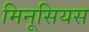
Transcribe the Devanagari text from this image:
मिनूसियस